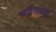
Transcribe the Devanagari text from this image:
अतिसांद्रता